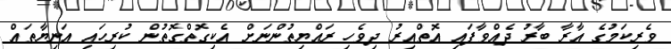
ވެރިކަމުގެ އާރާ ބާރު ދެއްވާފައި އޮތްއިރު ދިވެހި ރައްޔިތުންނަށް އެކިގޮތްގޮތުން ކުރިހައި އަނިޔާތައް